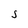
Character: S